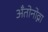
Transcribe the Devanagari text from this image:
अँतोनोव्ना